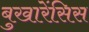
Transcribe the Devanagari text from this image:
बुखारेंसिस